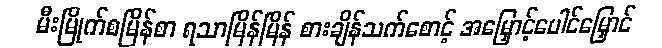
မီးမြိုက်စမြိန်စာ ရသာမြိန်မြိန် စားချိန်သက်စောင့် အမြှောင့်ပေါင်မြှောင်